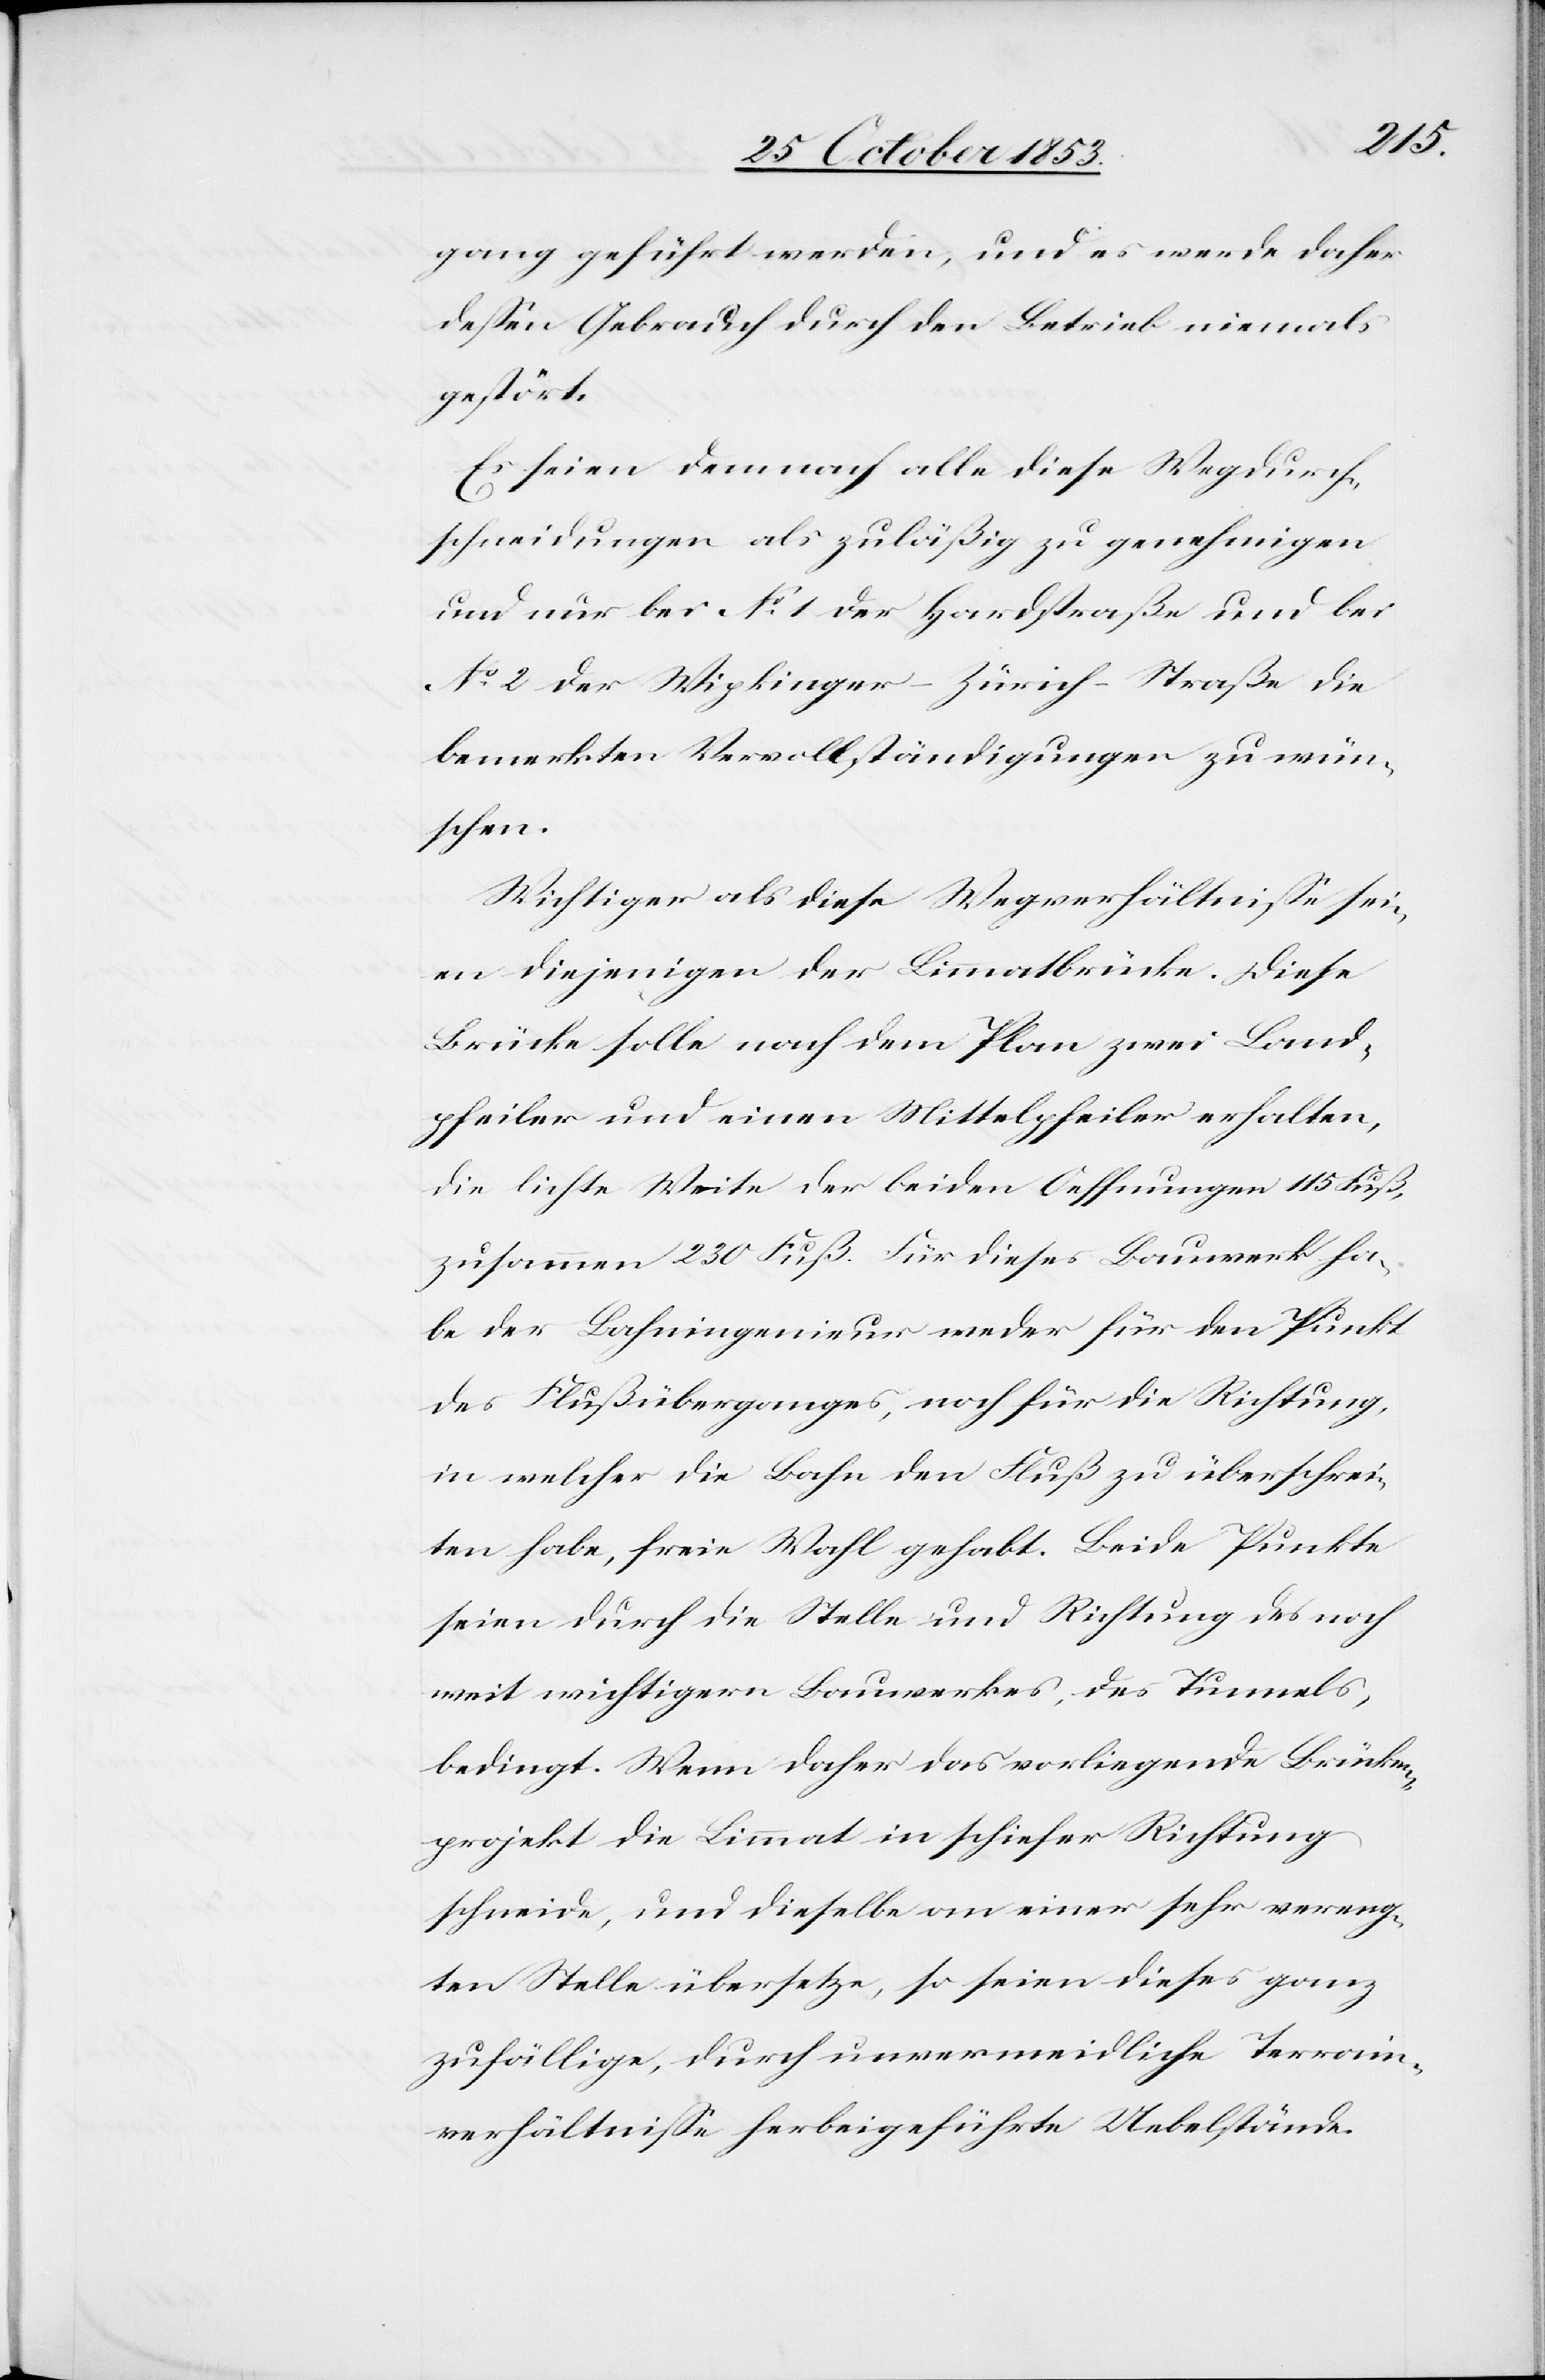
gang geführt werden, und es werde daher
deßen Gebrauch durch den Betrieb niemals
gestört.
Es seien demnach alle diese Wegdurch¬
schneidungen als zuläßig zu genehmigen
und nur bei N° 1 der Hardstraße und bei
N° 2 der Wipkinger-Zürich-Straße die
bemerkten Vervollständigungen zu wün¬
schen.
Wichtiger als diese Wegverhältniße sei¬
en diejenigen der Limmatbrücke. Diese
Brücke solle nach dem Plan zwei Land¬
pfeiler und einen Mittelpfeiler erhalten,
die leichte Weite der beiden Oeffnungen 115 Fuß,
zusammen 230 Fuß. Für dieses Bauwerk ha¬
be der Bahningenieur weder für den Punkt
des Flußüberganges, noch für die Richtung,
in welcher die Bahn den Fluß zu überschrei¬
ten habe, freie Wahl gehabt. Beide Punkte
seien durch die Stelle und Richtung des noch
weit wichtigern Bauwerkes, des Tunnels,
bedingt. Wenn daher das vorliegende Brücken¬
projekt die Limmat in schiefer Richtung
schneide, und dieselbe an einer sehr vereng¬
ten Stelle übersetze, so seien dieses ganz
zufällige, durch unvermeidliche Terrain¬
verhältniße herbeigeführte Uebelstände.